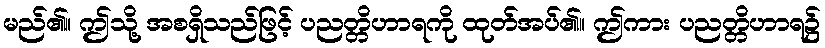
မည်၏။ ဤသို့ အစရှိသည်ဖြင့် ပညတ္တိဟာရကို ထုတ်အပ်၏။ ဤကား ပညတ္တိဟာရ၌